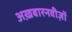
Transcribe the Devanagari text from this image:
अख़बारनवीज़ों